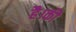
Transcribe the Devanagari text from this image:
है।की